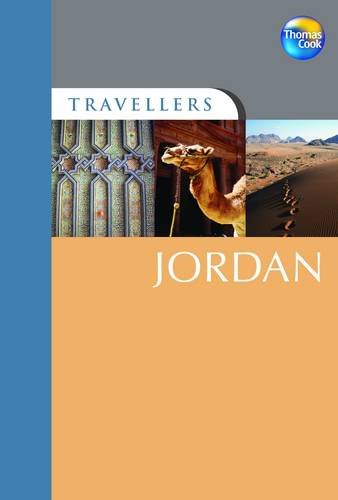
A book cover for Travellers Jordan, 2nd (Travellers - Thomas Cook); Thomas Cook Publishing; Travel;